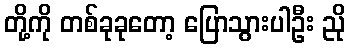
တို့ကို တစ်ခုခုတော့ ပြောသွားပါဦး ညို